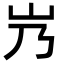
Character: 㞧